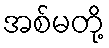
အစ်မတို့